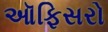
ઑફિસરો